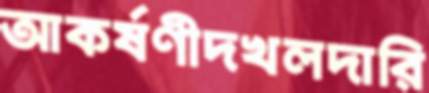
আকর্ষণীদখলদারি